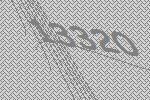
13320